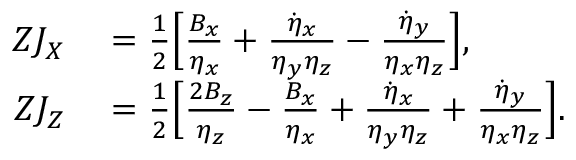
\begin{array} { r l } { Z J _ { X } } & { { } = \frac { 1 } { 2 } \Bigl [ \frac { B _ { x } } { \eta _ { x } } + \frac { \dot { \eta } _ { x } } { \eta _ { y } \eta _ { z } } - \frac { \dot { \eta } _ { y } } { \eta _ { x } \eta _ { z } } \Bigl ] , } \\ { Z J _ { Z } } & { { } = \frac { 1 } { 2 } \Bigl [ \frac { 2 B _ { z } } { \eta _ { z } } - \frac { B _ { x } } { \eta _ { x } } + \frac { \dot { \eta } _ { x } } { \eta _ { y } \eta _ { z } } + \frac { \dot { \eta } _ { y } } { \eta _ { x } \eta _ { z } } \Bigl ] . } \end{array}